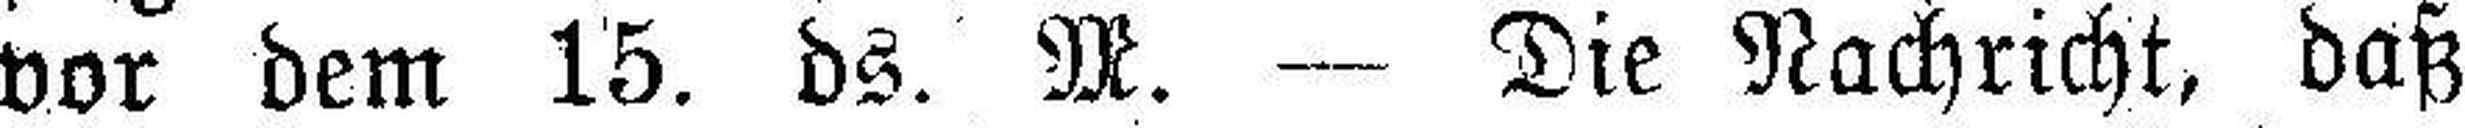
vor dem 15. ds. M. — Die Nachricht, daß